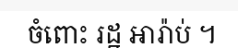
ចំពោះ រដ្ឋ អារ៉ាប់ ។